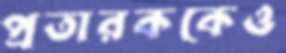
প্রতারককেও